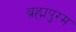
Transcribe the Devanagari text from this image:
ब्रह्मपुरम